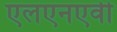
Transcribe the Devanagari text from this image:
एलएनएवी